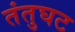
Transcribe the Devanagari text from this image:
तंतुघट